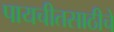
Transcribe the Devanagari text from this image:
पायचीतसाठीचे